Report on vaccination in Madras 1895-1903 - 1895-1903
Year: 1895
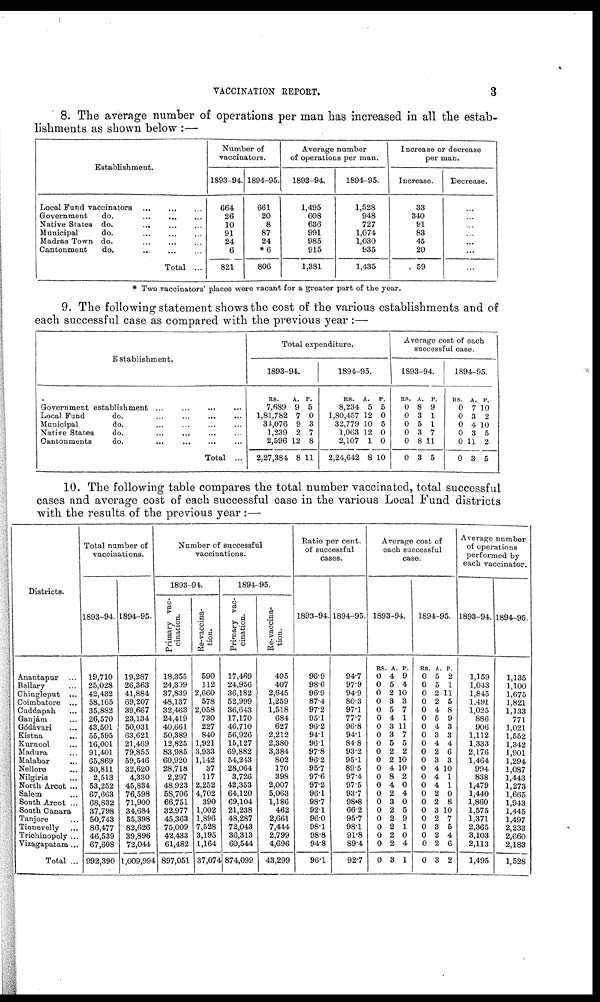
VACCINATION REPORT.
3
8. The average number of operations per man has increased in all the estab-
lishments as shown below :—
Establishment.
Local Fund vaccinators
...
...
...
Government
do.
...
...
...
Native States do.
...
...
...
Municipal
do. ... ... ...
Madras Town do. ... ... ...
Cantonment
do.
...
...
...
Total ...
Number of
vaccinators.
1893-94.
664
26
10
91
24
6
821
1894-95.
661
20
8
87
24
*6
806
Average number
of operations per man.
1893-94.
1,495
608
636
991
985
915
1,381
1894-95.
1,528
948
727
1,074
1,030
935
1,435
Increase or decrease
per man.
Increase.
33
340
91
83
45
20
59
Decrease.
...
...
...
...
...
...
...
* Two vaccinators' places were vacant for a greater part of the year.
9. The following statement shows the cost of the various establishments and of
each successful case as compared with the previous year :—
Establishment.
Government establishment ...
...
... ...
Local Fund
do.
...
...
... ...
Municipal
do. ... ... ... ...
Native States
do.
... ... ... ...
Cantonments
do.
... ... ... ...
Total ...
Total expenditure.
1893-94.
RS.
7,689
1,81,782
34,076
1,239
2,596
2,27,384
A.
9
7
9
2
12
8
P.
5
0
3
7
8
11
1894-95.
RS.
8,234
1,80,457
32,779
1,063
2,107
2,24,642
A.
5
12
10
12
1
8
P.
5
0
5
0
0
10
Average cost of each
successful case.
1893-94.
RS.
0
0
0
0
0
0
A
8
3
5
3
8
3
P.
9
1
1
7
11
5
1894-95.
RS.
0
0
0
0
0
0
A.
7
3
4
3
11
3
P.
10
2
10
5
2
5
10. The following table compares the total number vaccinated, total successful
cases and average cost of each successful case in the various Local Fund districts
with the results of the previous year :—
Districts.
Anantapur ...
Bellary ...
Chingleput ...
Coimbatore ...
Cuddapah ...
Ganjám ...
Gódávari ...
Kistna
...
Kurnool ...
Madura ...
Malabar ...
Nellore ...
Nilgiris ...
North Arcot ...
Salem ...
South Arcot ...
South Canara
Tanjore ...
Tinnevelly ...
Trichinopoly ...
Vizagapatam...
Total ...
Total number of
vaccinations.
1893-94.
19,710
25,028
42,432
58,165
35,882
26,570
43,501
55,595
16,001
91,401
65,869
30,811
2,513
53,252
67,663
68,832
37,798
50,748
86,477
46,539
67,608
992,390
1894-95.
19,287
26,363
41,884
69,207
39,667
23,134
50,031
63,621
21,469
79,855
59,546
32,620
4,330
45,834
76,598
71,900
34,684
55,398
82,626
39,896
72,044
1,009,994
Number of successful
vaccinations.
1893-94.
Primary vac-
cination.
18,355
24,399
37,839
48,137
82,463
24,419
40,661
50,389
12,825
83,985
60,920
28,718
2,297
48,923
58,706
66,751
32,977
45,363
75,009
42,433
61,482
897,051
Re-vaccina-
tion.
590
112
2,660
578
2,058
730
227
840
1,921
3,933
1,142
37
117
2,252
4,702
390
1,002
1,896
7,528
3,195
1,164
37,074
1894-95.
Primary vac-
cination.
17,469
24,956
36,182
52,999
36,643
17,170
46,710
56,926
15,127
69,882
54,243
28,064
3,726
42,353
64,120
69,104
21,238
48,287
72,043
36,313
60,544
874,099
Re-vaccina-
tion.
495
407
2,645
1,259
1,518
684
627
2,212
2,380
3,384
802
170
398
2,007
5,063
1,186
462
2,661
7,444
2,799
4,696
43,299
Ratio per cent.
of successful
cases.
1893-94.
969
98.6
96.9
87.4
97.2
95.1
96.2
94.1
96.1
97.8
96.2
95.7
97.6
97.2
96.1
98.7
92.1
96.0
98.1
98.8
94.8
96.1
1894-95.
94.7
97.9
94.9
80.3
97.1
77.7
96.8
94.1
84.8
93.2
95.1
89.5
97.4
97.5
93.7
98.8
66.2
95.7
98.1
91.8
89.4
92.7
Average cost of
each successful
case.
1893-94.
RS.
0
0
0
0
0
0
0
0
0
0
0
0
0
0
0
0
0
0
0
0
0
0
A.
4
5
2
3
5
4
3
3
5
2
2
4
8
4
2
3
2
2
2
2
2
3
P.
9
4
10
3
7
1
11
7
5
2
10
10
2
0
4
0
5
9
1
0
4
1
1894-95.
RS.
0
0
0
0
0
0
0
0
0
0
0
0
0
0
0
0
0
0
0
0
0
0
A.
5
5
2
2
4
5
4
3
4
2
3
4
4
4
2
2
3
2
3
2
2
3
P.
2
1
11
5
8
9
3
3
4
6
3
10
1
1
0
8
10
7
5
4
6
2
Average number
of operations
performed by
each vaccinator.
1893-94.
1,159
1,043
1,845
1,491
1,025
886
906
1,112
1,333
2,176
1,464
994
838
1,479
1,440
1,860
1,575
1,371
2,365
3,103
2,113
1,495
1894-95.
1,135
1,100
1,675
1,821
1,133
771
1,021
1,552
1,342
1,901
1,294
1,087
1,443
1,273
1,665
1,943
1,445
1,497
2,233
2,660
2,183
1,528